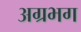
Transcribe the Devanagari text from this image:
अग्रभग